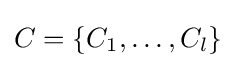
C=\{C_{1},\ldots ,C_{l}\}